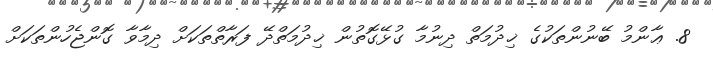
8. ޢާންމު ބޭނުންތަކުގެ ޚިދުމަތް ދިނުމާ ގުޅޭގޮތުން ޚިދުމަތްދޭ ފަރާތްތަކަށް ދިމާވާ ގޮންޖެހުންތަކަށް